Annual report of the Imperial Bacteriologist
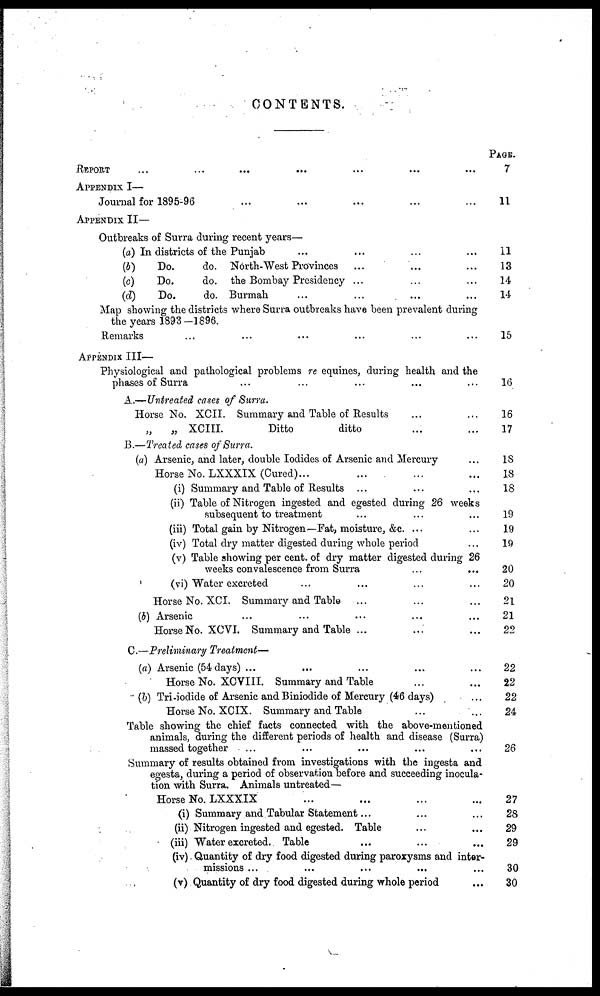
CONTENTS.
REPORT
APPENDIX I—
Journal for 1895-96
APPENDIX II—
Outbreaks of Surra during recent years—
(a) In districts of the Punjab
(b)
Do.
do. North-West Provinces
(c)
Do.
do. the Bombay Presidency ...
(d)
Do.
do. Burmah
Map showing the districts where Surra outbreaks have been prevalent during
the years 1893-1896.
Remarks
APPENDIX III—
Physiological and pathological problems re equines, during health and the
phases of Surra
A —Untreated cases of Surra.
Horse No. XCII. Summary and Table of Results
„ XCIII.
Ditto
ditto
B.—Treated cases of Surra.
(a) Arsenic, and later, double Iodides of Arsenic and Mercury
Horse No. LXXXIX (Cured)...
(i) Summary and Table of Results ...
(ii) Table of Nitrogen ingested and egested during 26 weeks
subsequent to treatment
(iii) Total gain by Nitrogen—Fat, moisture, &c. ...
(iv) Total dry matter digested during whole period
(v) Table showing per cent, of dry matter digested during 26
weeks convalescence from Surra
(vi) Water excreted
Horse No. XCI. Summary and Table
(6) Arsenic
Horse No. XCVI. Summary and Table ...
C.—Preliminary Treatment—
(a) Arsenic (54 days) ...
Horse No. XCVIII. Summary and Table
(b) Tri-iodide of Arsenic and Biniodide of Mercury (46 days)
Horse No. XCIX. Summary and Table
Table showing the chief facts connected with the above-mentioned
animals, during the different periods of health and disease (Surra)
massed together
Summary of results obtained from investigations with the ingesta and
egesta, during a period of observation before and succeeding inocula-
tion with Surra. Animals untreated—
Horse No. LXXXIX
(i) Summary and Tabular Statement...
(ii) Nitrogen ingested and egested. Table
(iii) Water excreted. Table
(iv) Quantity of dry food digested during paroxysms and inter-
missions ...
(v) Quantity of dry food digested during whole period
PAGE.
7
11
11
13
14
14
15
16
16
17
18
18
18
19
19
19
20
20
21
21
22
22
22
22
24
26
27
28
29
29
30
30